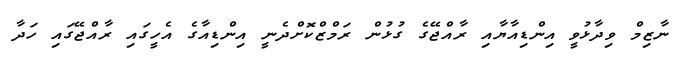
ނާޒިމް ވިދާޅުވީ އިންޑިއާޔާއި ރާއްޖޭގެ ގުޅުން ރަމްޒްކޮށްދެނީ އިންޑިއާގެ އެހީގައި ރާއްޖޭގައި ހަދާ